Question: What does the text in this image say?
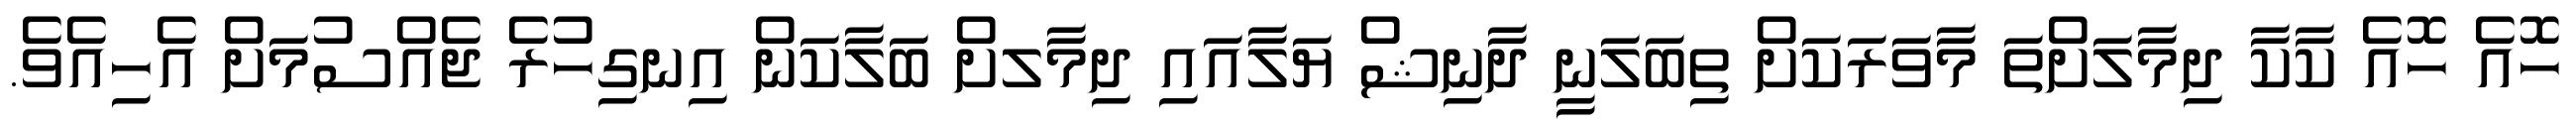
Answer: ހޮއެ ހޮއެ ކާކާ ދިމާލަށްތަ މާވަރަކަށް ތިބަލަނީ ދާނިޝް ޔަލާއައި ދިމާލށް ބަލާކަން އިނގިހުރެ ޖެއްސުމަށް އެހިއެވެ.